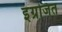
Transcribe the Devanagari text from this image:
इंग्रजित